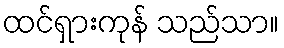
ထင်ရှားကုန် သည်သာ။